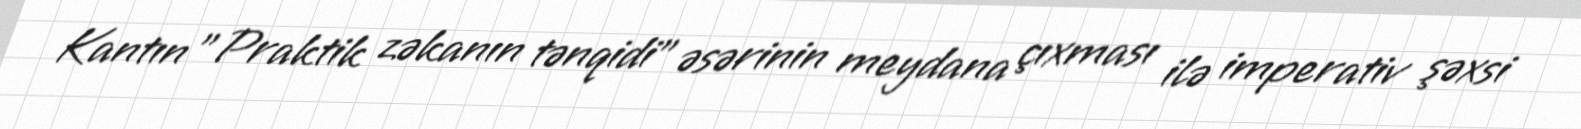
Kantın "Praktik zəkanın tənqidi" əsərinin meydana çıxması ilə imperativ şəxsi